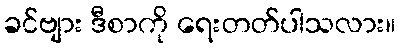
ခင်ဗျား ဒီစာကို ရေးတတ်ပါသလား။